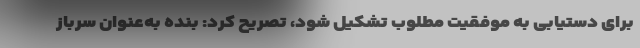
برای دستیابی به موفقیت مطلوب تشکیل شود، تصریح کرد: بنده به‌عنوان سرباز